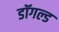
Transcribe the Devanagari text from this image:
डॉगल्ड